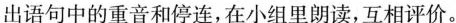
出语句中的重音和停连，在小组里朗读，互相评价。